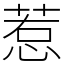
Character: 惹